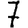
Digit: 7